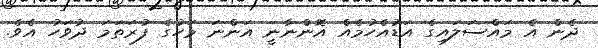
ދެން އެ މައްސަލައިގެ އަޑުއެހުމެއް އޮންނާނީ އަންނަ މަހުގެ ފުރަތަމަ ދުވަހު އެވެ.